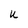
Character: U